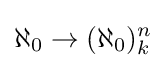
\displaystyle \aleph _{0}\rightarrow (\aleph _{0})_{k}^{n}